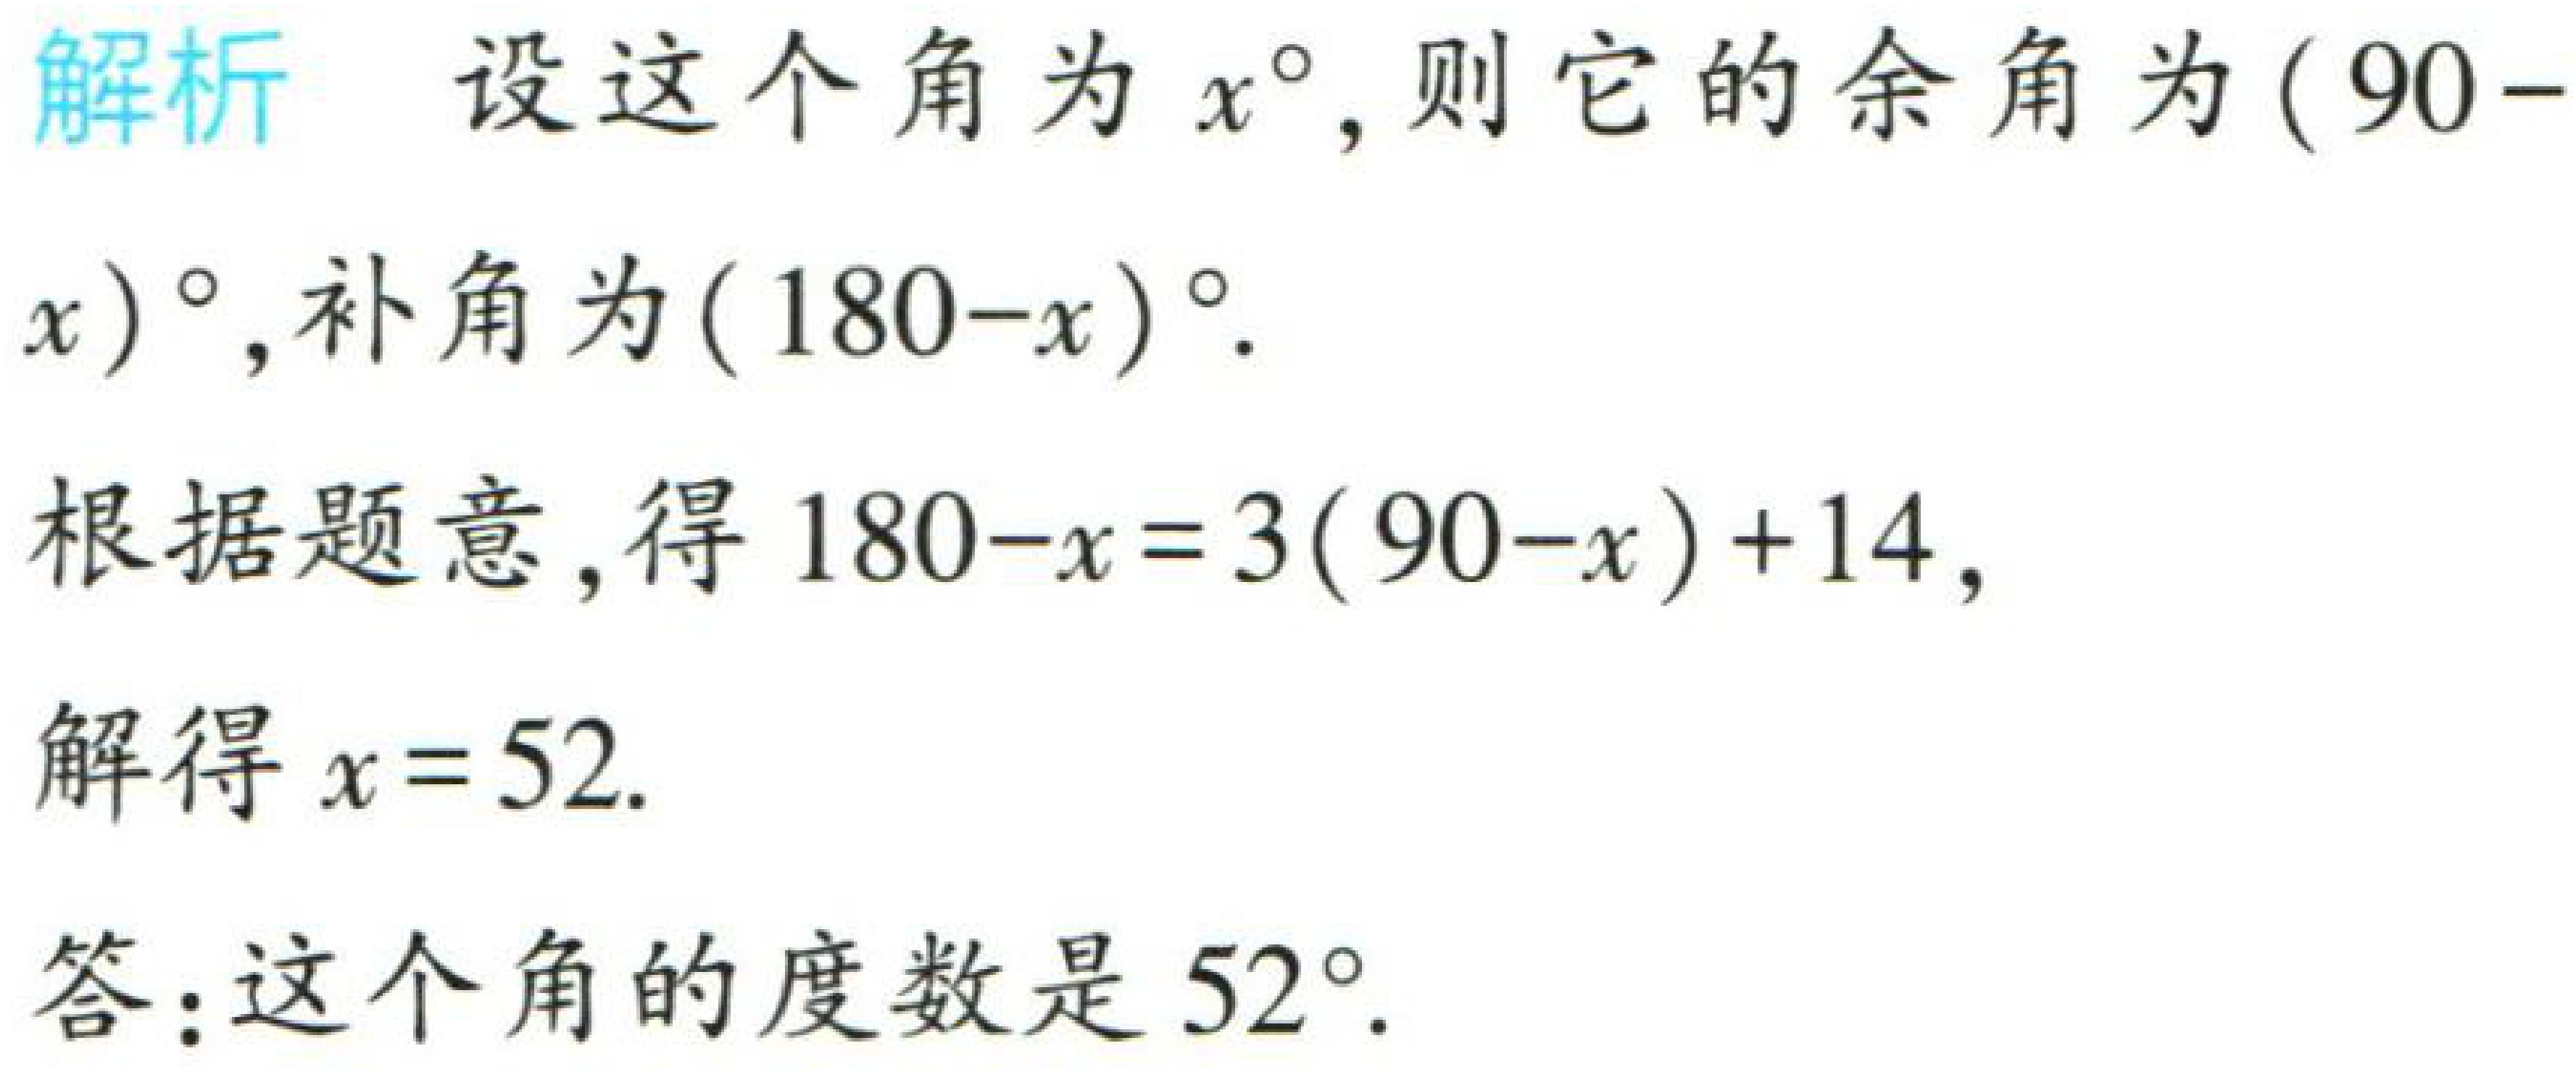
解析 设这个角为\(x^{\circ}\)，则它的余角为\((90 - x)^{\circ}\)，补角为\((180 - x)^{\circ}\).

根据题意，得\(180 - x = 3(90 - x)+14\)，

解得\(x = 52\).

答：这个角的度数是\(52^{\circ}\).